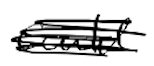
Text: could
Cross-out: scratch
Writing tool: digital_black